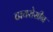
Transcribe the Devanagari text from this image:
टायरोसीन